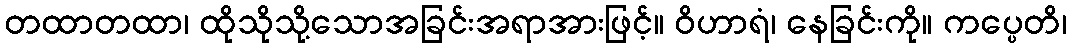
တထာတထာ၊ ထိုသိုသို့သောအခြင်းအရာအားဖြင့်။ ဝိဟာရံ၊ နေခြင်းကို။ ကပ္ပေတိ၊